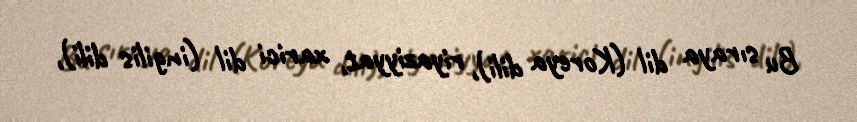
Bu sıraya dil (Koreya dili), riyaziyyat, xarici dil (ingilis dili),